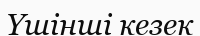
Үшінші кезек